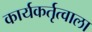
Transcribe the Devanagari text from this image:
कार्यकर्तृत्वाला